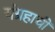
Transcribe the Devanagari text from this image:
यंग्रहाची